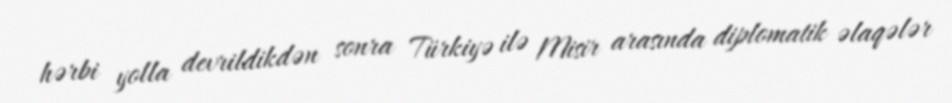
hərbi yolla devrildikdən sonra Türkiyə ilə Misir arasında diplomatik əlaqələr